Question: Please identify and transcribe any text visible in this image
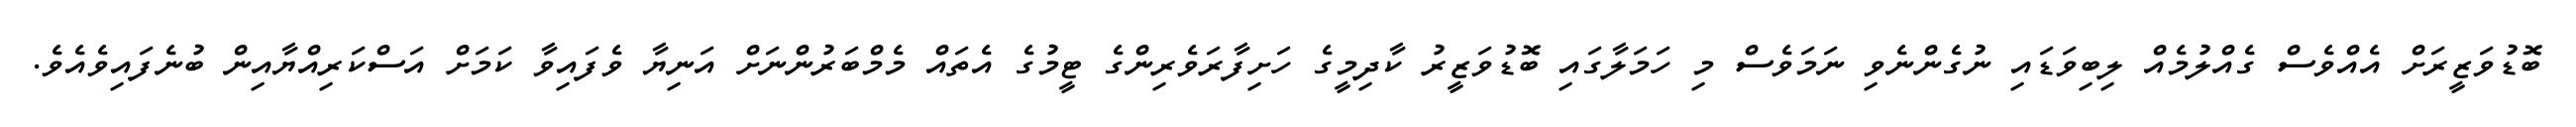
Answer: ބޮޑުވަޒީރަށް އެއްވެސް ގެއްލުމެއް ލިބިވަޑައި ނުގެންނެވި ނަމަވެސް މި ހަމަލާގައި ބޮޑުވަޒީރު ކާދިމީގެ ހަށިފާރަވެރިންގެ ޓީމުގެ އެތައް މެމްބަރުންނަށް އަނިޔާ ވެފައިވާ ކަމަށް އަސްކަރިއްޔާއިން ބުނެފައިވެއެވެ.